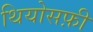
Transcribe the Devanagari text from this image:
थियोसफ़ी